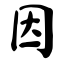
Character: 因